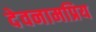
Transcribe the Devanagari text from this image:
देवनामप्रिय